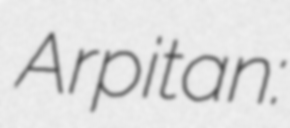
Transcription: Arpitan: